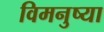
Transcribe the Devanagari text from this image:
विमनुष्या